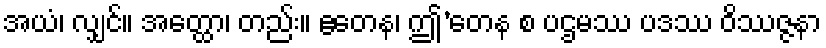
အယံ၊ လျှင်။ အတ္ထော၊ တည်း။ ဧတေန၊ ဤ’တေန စ ပဌမဿ ပဒဿ ဝိဿဇ္ဇနာ